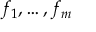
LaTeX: f _ { 1 } , \ldots , f _ { m }